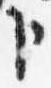
臣